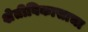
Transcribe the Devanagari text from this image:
शेतीविकासाचा